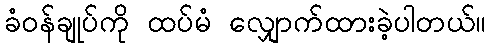
ခံဝန်ချုပ်ကို ထပ်မံ လျှောက်ထားခဲ့ပါတယ်။